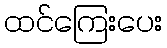
ထင်ကြေးပေး